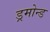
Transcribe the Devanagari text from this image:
ड्रमोन्ड